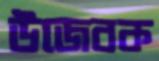
উজেবক